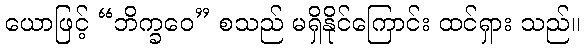
ယောဖြင့် “ဘိက္ခဝေ” စသည် မရှိနိုင်ကြောင်း ထင်ရှား သည်။